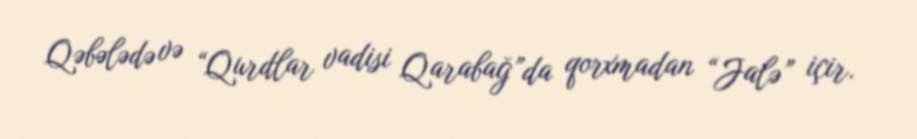
Qəbələdə və “Qurdlar vadisi Qarabağ”da qorxmadan “Jalə” içir.